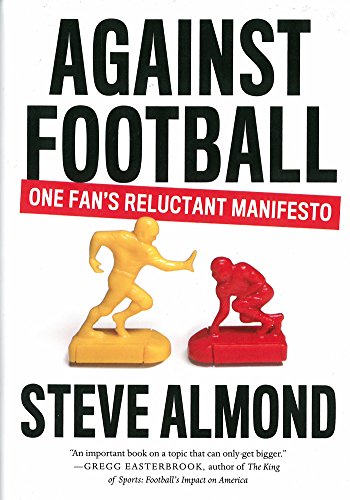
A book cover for Against Football: One Fan's Reluctant Manifesto; Steve Almond; Sports & Outdoors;